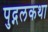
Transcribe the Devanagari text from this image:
पुद्गलकथा